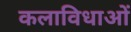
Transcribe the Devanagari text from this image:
कलाविधाओं